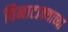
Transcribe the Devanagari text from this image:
विनाटाक्‍याच्या